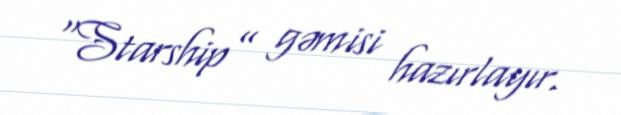
“Starship” gəmisi hazırlayır.